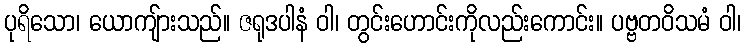
ပုရိသော၊ ယောကျ်ားသည်။ ဇရုဒပါနံ ဝါ၊ တွင်းဟောင်းကိုလည်းကောင်း။ ပဗ္ဗတဝိသမံ ဝါ၊